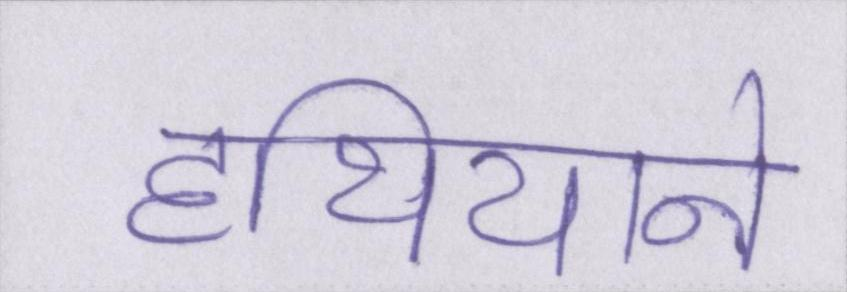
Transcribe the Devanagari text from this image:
हथियाने